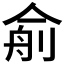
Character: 𰂙